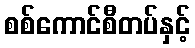
စစ်ကောင်စီတပ်နှင့်